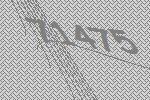
71475